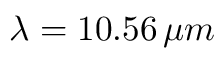
\lambda = 1 0 . 5 6 \, \mu m